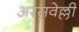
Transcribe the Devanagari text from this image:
अरसवेल्ली